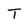
Character: T